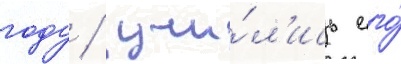
году / учи́л'ись его́